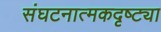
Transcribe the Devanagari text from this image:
संघटनात्मकदृष्ट्या